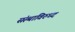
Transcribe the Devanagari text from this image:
संस्थांविरुध्द